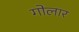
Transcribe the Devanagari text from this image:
गोलार